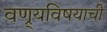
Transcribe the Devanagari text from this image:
वण्र्यविषयाची